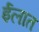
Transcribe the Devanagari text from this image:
ईलात